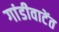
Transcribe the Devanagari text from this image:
गांडीवाटेंत